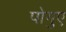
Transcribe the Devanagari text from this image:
पोगुए